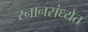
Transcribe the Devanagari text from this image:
स्नानसंध्येत